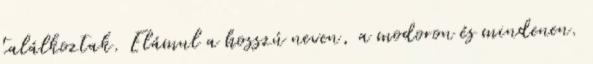
találkoztak. Elámul a hosszú neven, a modoron és mindenen.